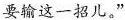
要输这一招儿。”